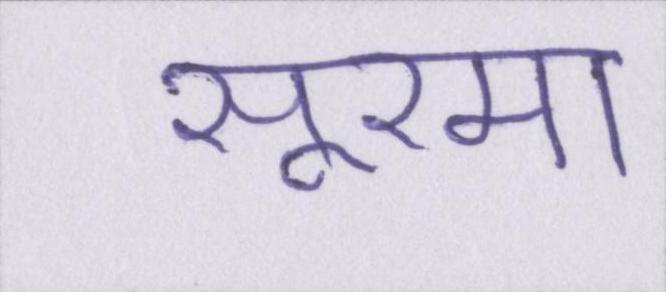
सूरमा